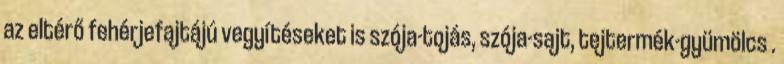
az eltérő fehérjefajtájú vegyítéseket is szója-tojás, szója-sajt, tejtermék-gyümölcs .